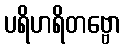
ပရိဟရိတဗ္ဗော